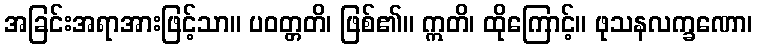
အခြင်းအရာအားဖြင့်သာ။ ပဝတ္တတိ၊ ဖြစ်၏။ ဣတိ၊ ထိုကြောင့်။ ဖုသနလက္ခဏော၊